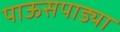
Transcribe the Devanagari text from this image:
पाऊसपाड्या